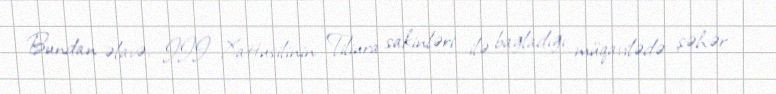
Bundan əlavə, III Xattusilinin Tiliura sakinləri ilə bağladığı müqavilədə şəhər